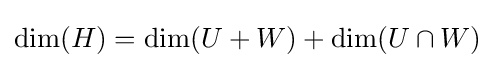
\dim(H)=\dim(U+W)+\dim(U\cap W)